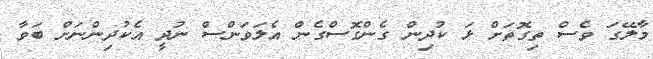
މާލޭގަ ވެސް ތިގޮތަށް ޅަ ކުދިން ގެންގޮސްގެން އެލަވަންސް ނުދީ އެކުދިންނަށް ބަވާ